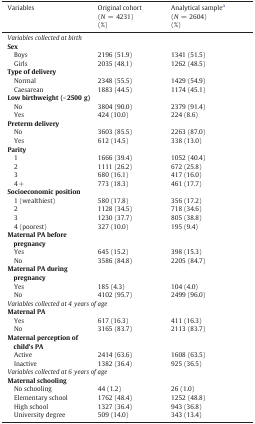
<table><thead><tr><td><b>Variables</b></td><td><b>Original cohort (<i>N</i> = 4231)(%)</b></td><td><b>Analytical samplea (<i>N</i> = 2604)(%)</b></td></tr></thead><tbody><tr><td colspan="3"><i>Variables collected at birth</i></td></tr><tr><td><b>Sex</b></td><td></td><td></td></tr><tr><td> Boys</td><td>2196 (51.9)</td><td>1341 (51.5)</td></tr><tr><td> Girls</td><td>2035 (48.1)</td><td>1262 (48.5)</td></tr><tr><td><b>Type of delivery</b></td><td></td><td></td></tr><tr><td> Normal</td><td>2348 (55.5)</td><td>1429 (54.9)</td></tr><tr><td> Caesarean</td><td>1883 (44.5)</td><td>1174 (45.1)</td></tr><tr><td><b>Low birthweight (&lt; 2500 g)</b></td><td></td><td></td></tr><tr><td> No</td><td>3804 (90.0)</td><td>2379 (91.4)</td></tr><tr><td> Yes</td><td>424 (10.0)</td><td>224 (8.6)</td></tr><tr><td><b>Preterm delivery</b></td><td></td><td></td></tr><tr><td> No</td><td>3603 (85.5)</td><td>2263 (87.0)</td></tr><tr><td> Yes</td><td>612 (14.5)</td><td>338 (13.0)</td></tr><tr><td><b>Parity</b></td><td></td><td></td></tr><tr><td> 1</td><td>1666 (39.4)</td><td>1052 (40.4)</td></tr><tr><td> 2</td><td>1111 (26.2)</td><td>672 (25.8)</td></tr><tr><td> 3</td><td>680 (16.1)</td><td>417 (16.0)</td></tr><tr><td> 4 +</td><td>773 (18.3)</td><td>461 (17.7)</td></tr><tr><td><b>Socioeconomic position</b></td><td></td><td></td></tr><tr><td> 1 (wealthiest)</td><td>580 (17.8)</td><td>356 (17.2)</td></tr><tr><td> 2</td><td>1128 (34.5)</td><td>718 (34.6)</td></tr><tr><td> 3</td><td>1230 (37.7)</td><td>805 (38.8)</td></tr><tr><td> 4 (poorest)</td><td>327 (10.0)</td><td>195 (9.4)</td></tr><tr><td><b>Maternal PA before pregnancy</b></td><td></td><td></td></tr><tr><td> Yes</td><td>645 (15.2)</td><td>398 (15.3)</td></tr><tr><td> No</td><td>3586 (84.8)</td><td>2205 (84.7)</td></tr><tr><td><b>Maternal PA during pregnancy</b></td><td></td><td></td></tr><tr><td> Yes</td><td>185 (4.3)</td><td>104 (4.0)</td></tr><tr><td> No</td><td>4102 (95.7)</td><td>2499 (96.0)</td></tr><tr><td colspan="3"><i>Variables collected at 4</i> <i>years of age</i></td></tr><tr><td><b>Maternal PA</b></td><td></td><td></td></tr><tr><td> Yes</td><td>617 (16.3)</td><td>411 (16.3)</td></tr><tr><td> No</td><td>3165 (83.7)</td><td>2113 (83.7)</td></tr><tr><td><b>Maternal perception of child&#x27;s PA</b></td><td></td><td></td></tr><tr><td> Active</td><td>2414 (63.6)</td><td>1608 (63.5)</td></tr><tr><td> Inactive</td><td>1382 (36.4)</td><td>925 (36.5)</td></tr><tr><td colspan="3"><i>Variables collected at 6 years of age</i></td></tr><tr><td><b>Maternal schooling</b></td><td></td><td></td></tr><tr><td> No schooling</td><td>44 (1.2)</td><td>26 (1.0)</td></tr><tr><td> Elementary school</td><td>1762 (48.4)</td><td>1252 (48.8)</td></tr><tr><td> High school</td><td>1327 (36.4)</td><td>943 (36.8)</td></tr><tr><td> University degree</td><td>509 (14.0)</td><td>343 (13.4)</td></tr></tbody></table>